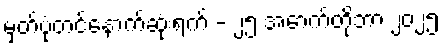
မှတ်ပုံတင်နောက်ဆုံးရက် - ၂၅ အောက်တိုဘာ ၂၀၂၅